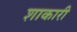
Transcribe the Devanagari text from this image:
शाकारी